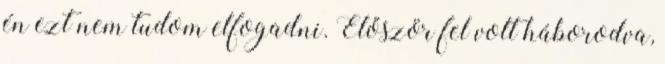
én ezt nem tudom elfogadni. Először fel volt háborodva,